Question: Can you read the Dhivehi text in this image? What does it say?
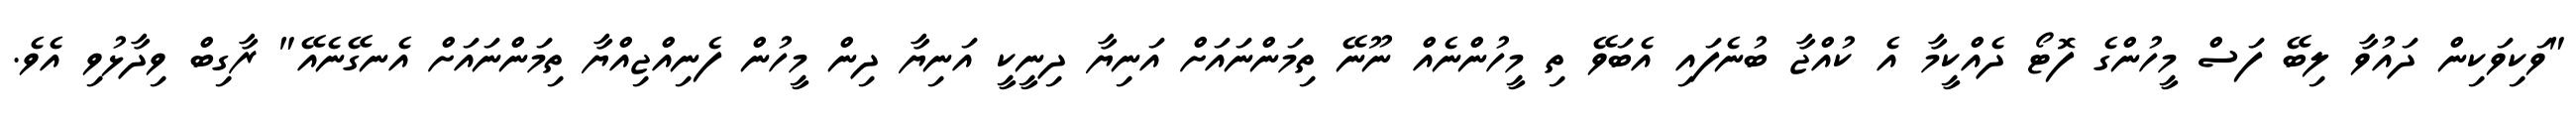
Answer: "ވަކިވަކިން ދައުވާ ލިބޭ ފަސް މީހުންގެ ފޮޓޯ ދެއްކީމާ އެ ކުއްޖާ ބުނެފައި އެބަވޭ ތި މީހުންނެއް ނޫނޭ ތިމަންނައަށް އަނިޔާ ދިނީކީ އަނިޔާ ދިން މީހުން ފެނިއްޖިއްޔާ ތިމަންނައަށް އެނގޭނެއޭ" ރާގިބް ވިދާޅުވި އެވެ.